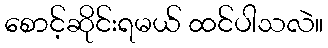
စောင့်ဆိုင်းရမယ် ထင်ပါသလဲ။